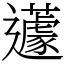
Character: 𨙊